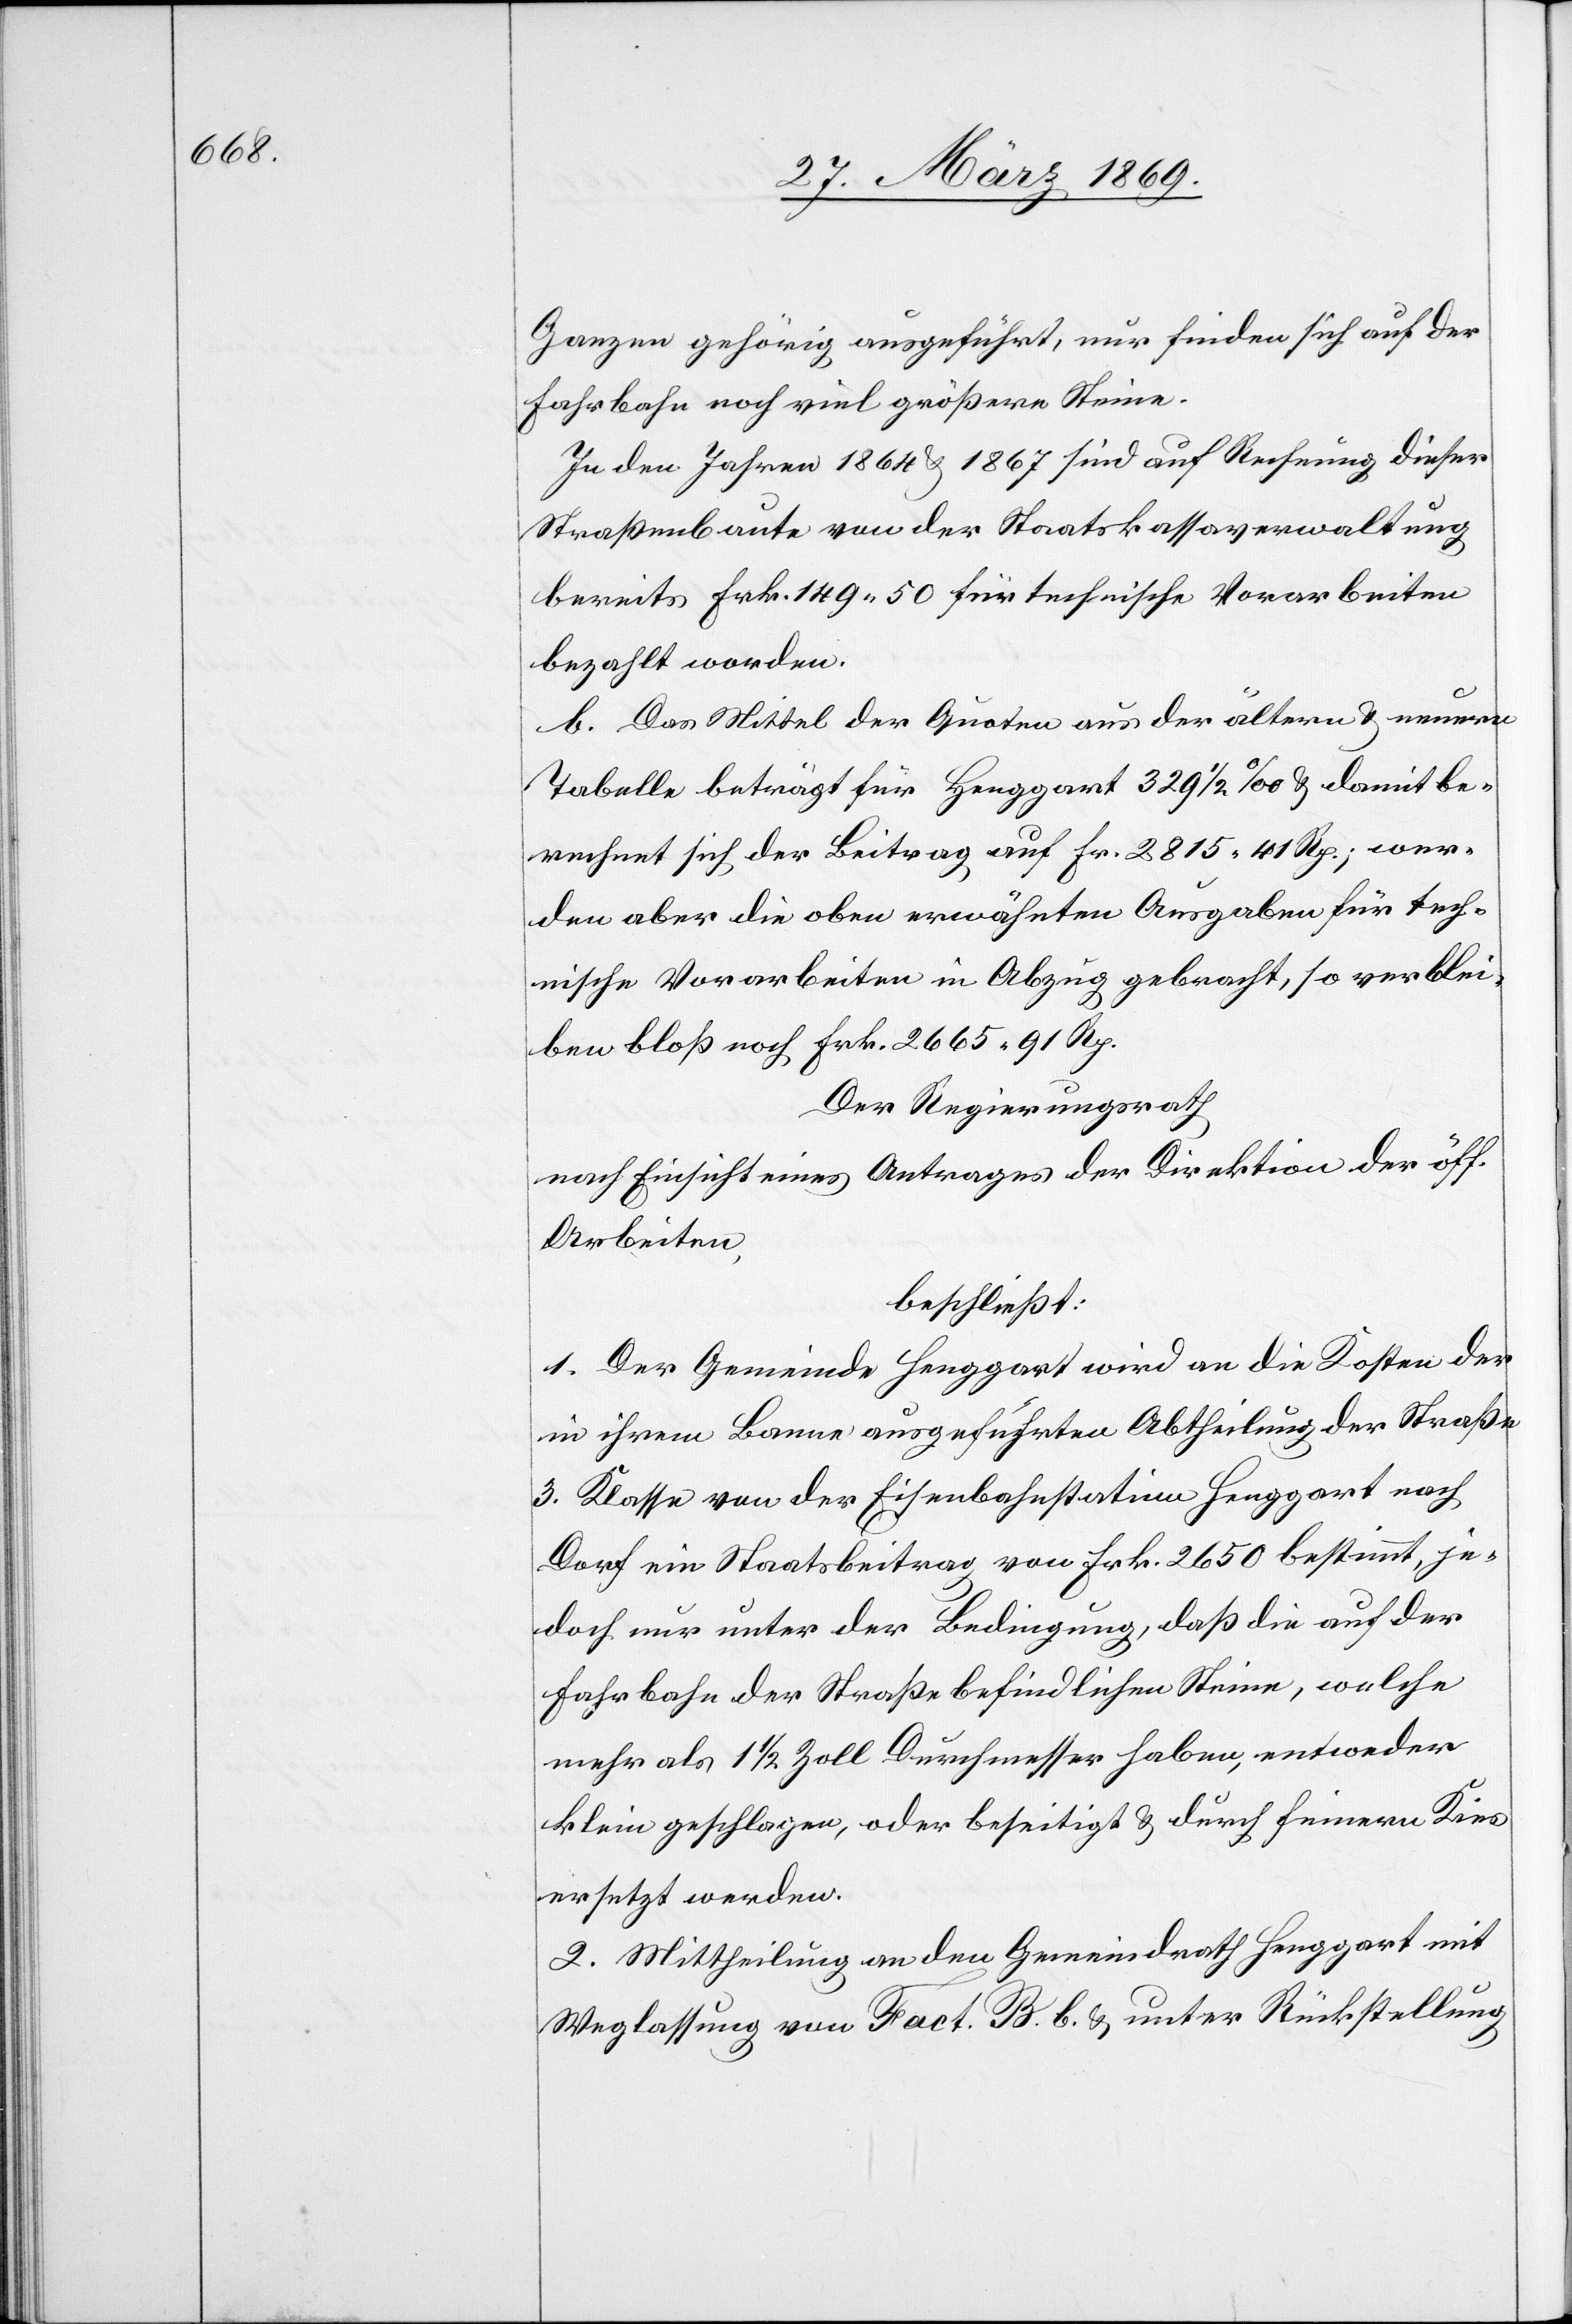
Ganzen gehörig ausgeführt, nur finden sich auf der
Fahrbahn noch viel größere Steine.
In den Jahren 1864 u. 1867 sind auf Rechnung dieser
Straßenbaute von der Staatskassaverwaltung
bereits Frk. 149 50 für technische Vorarbeiten
bezahlt worden.
b. Das Mittel der Quoten aus der ältern u. neuern
Tabelle beträgt für Henggart 329 1/2‰ u. damit be¬
rechnet sich der Beitrag auf Fr. 2815 41 Rp.; wer¬
den aber die oben erwähnten Ausgaben für tech¬
nische Vorarbeiten in Abzug gebracht, so verblei¬
ben bloß noch Frk. 2665 91 Rp.
Der Regierungsrath,
nach Einsicht eines Antrages der Direktion der öff.
Arbeiten,
beschließt:
1. Der Gemeinde Henggart wird an die Kosten der
in ihrem Banne ausgeführten Abtheilung der Straße
3. Klasse von der Eisenbahnstation Henggart nach
Dorf ein Staatsbeitrag von Frk. 2650 bestimmt, je¬
doch nur unter der Bedingung, daß die auf der
Fahrbahn der Straße befindlichen Steine, welche
mehr als 1 1/2 Zoll Durchmesser haben, entweder
klein geschlagen, oder beseitigt u. durch feinen Kies
ersetzt werden.
2. Mittheilung an den Gemeindrath Henggart mit
Weglassung von Fact. B. b. u. unter Rückstellung